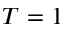
T = 1